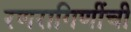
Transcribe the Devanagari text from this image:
रणरागिणींची